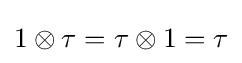
1\otimes \tau =\tau \otimes 1=\tau